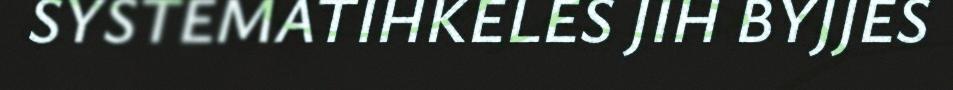
SYSTEMATIHKELES JIH BYJJES